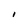
Character: I